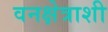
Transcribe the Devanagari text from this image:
वनक्षेत्राशी